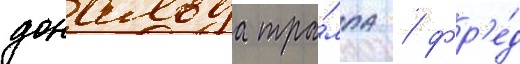
дональда тра́мпа / фр'е́д